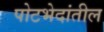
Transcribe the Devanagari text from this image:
पोटभेदांतील